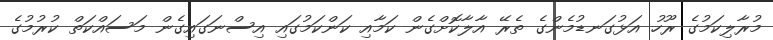
މުރާލިކަމުގެ ރޫހު އަޅުގަނޑުމެންގެ ތެރޭ އާލާކޮށްގެން ކަމާއި ކަންކަމުގައި އިސްނަގައިގެން މަސައްކަތް ކުރުމުގެ